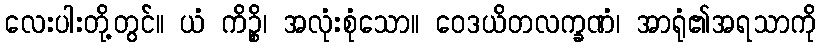
လေးပါးတို့တွင်။ ယံ ကိဉ္စိ၊ အလုံးစုံသော။ ဝေဒယိတလက္ခဏံ၊ အာရုံ၏အရသာကို